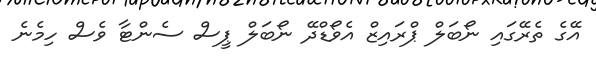
އޭގެ ތެރޭގައި ނޯބަލް ޕްރައިޒް އެވޯޑްދޭ ނޯބަލް ޕީސް ސެންޓާ ވެސް ހިމެނެ